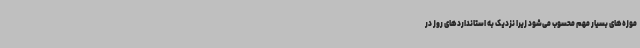
موزه‌های بسیار مهم محسوب می‌شود زیرا نزدیک به استانداردهای روز در